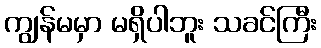
ကျွန်မမှာ မရှိပါဘူး သခင်ကြီး